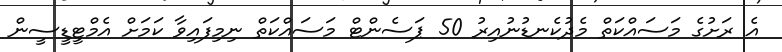
އެ ރަށުގެ މަސައްކަތް މެދުކެނޑުނުއިރު 50 ޕަސެންޓް މަސައްކަތް ނިމިފައިވާ ކަމަށް އެމްޓީޑީސީން